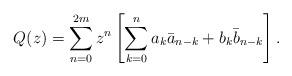
LaTeX: \begin{align*} Q(z)= \sum_{n=0}^{2m} z^n \left[ \sum_{k=0}^n a_k \bar a_{n-k} + b_k \bar b_{n-k} \right].\end{align*}